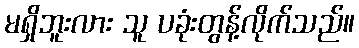
မရှိဘူးလား သူ ပခုံးတွန့်လိုက်သည်။